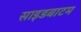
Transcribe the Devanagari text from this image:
साइडबाटम